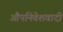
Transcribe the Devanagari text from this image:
औपनिवेशवादी